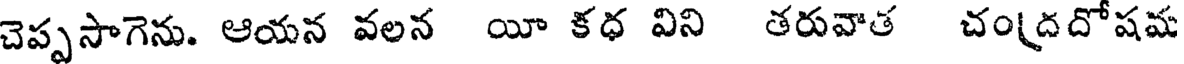
చెప్పసాగెను. ఆయన వలన యీ కధ విని తరువాత చంద్రదోషమ